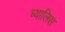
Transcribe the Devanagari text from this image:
च्यालिस